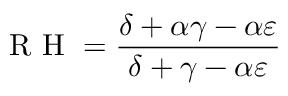
\textrm { R H } = \frac { \delta + \alpha \gamma - \alpha \varepsilon } { \delta + \gamma - \alpha \varepsilon }